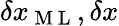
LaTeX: \delta x_{\mathrm{~M~L~}},\delta x